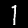
Digit: 1